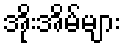
အိုးအိမ်များ